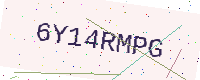
Text: 6Y14RMPG